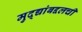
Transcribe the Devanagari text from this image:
मुद्द्यांबद्दलची